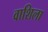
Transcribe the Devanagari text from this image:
वाशिला